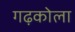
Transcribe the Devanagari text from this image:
गढ़कोला